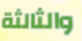
والثالثة